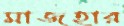
মাজহার